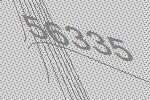
56335